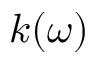
k ( \omega )